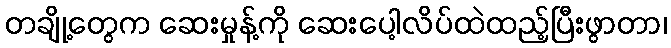
တချို့တွေက ဆေးမှုန့်ကို ဆေးပေါ့လိပ်ထဲထည့်ပြီးဖွာတာ၊